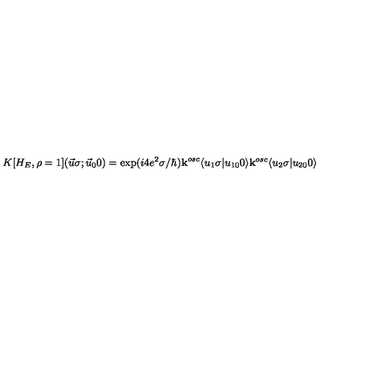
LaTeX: K [ H _ { E } , \rho = 1 ] ( \vec { u } \sigma ; \vec { u } _ { 0 } 0 ) = \exp ( i 4 e ^ { 2 } \sigma / \hbar ) { \bf k } ^ { o s c } \langle u _ { 1 } \sigma \vert u _ { 1 0 } 0 \rangle { \bf k } ^ { o s c } \langle u _ { 2 } \sigma \vert u _ { 2 0 } 0 \rangle